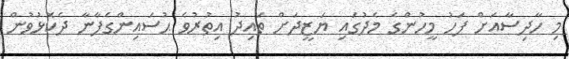
މި ހާދިސާއަށް ފަހު މީހުންގެ މެދުގައި ޔަޒީދަށް ތައިދު އިތުރުވެ ޙުސައިންގެފާނާ ދެކޮޅުވުން